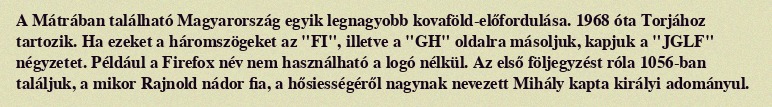
A Mátrában található Magyarország egyik legnagyobb kovaföld-előfordulása. 1968 óta Torjához tartozik. Ha ezeket a háromszögeket az "FI", illetve a "GH" oldalra másoljuk, kapjuk a "JGLF" négyzetet. Például a Firefox név nem használható a logó nélkül. Az első följegyzést róla 1056-ban találjuk, a mikor Rajnold nádor fia, a hősiességéről nagynak nevezett Mihály kapta királyi adományul.